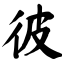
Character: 彼